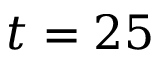
t = 2 5